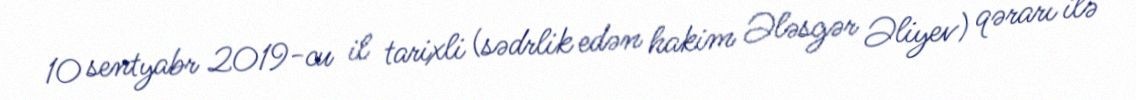
10 sentyabr 2019-cu il tarixli (sədrlik edən hakim Ələsgər Əliyev) qərarı ilə